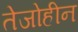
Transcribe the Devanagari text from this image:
तेजोहीन